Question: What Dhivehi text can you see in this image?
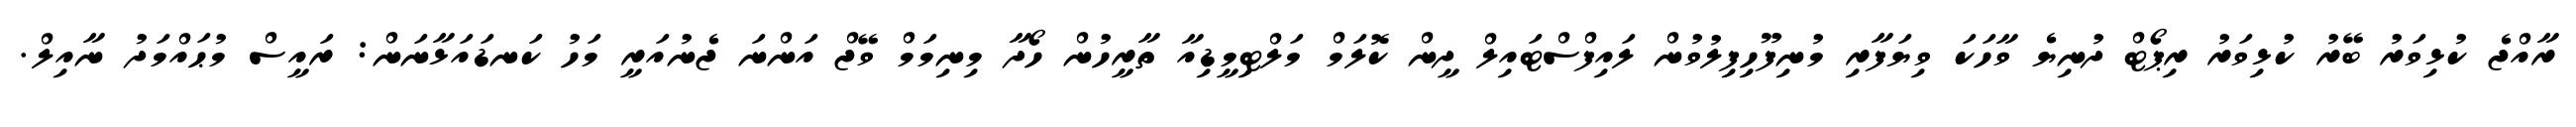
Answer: ރާއްޖެ ކުޅިވަރު ބޭރު ކުޅިވަރު ރިޕޯޓް ދުނިޔެ ވާހަކަ ވިޔަފާރި މުނިފޫހިފިލުވުން ލައިފްސްޓައިލް ދީން ކޮލަމް މަލްޓިމީޑިއާ ތާރީހުން ހޯދާ މިނިމަމް ވޭޖް އަންނަ ޖެނުއަރީ މަހު ކަނޑައަޅާނަން: ރައީސް މުޙައްމަދު ނާއިލް.